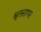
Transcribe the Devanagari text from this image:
श्रृतसागर